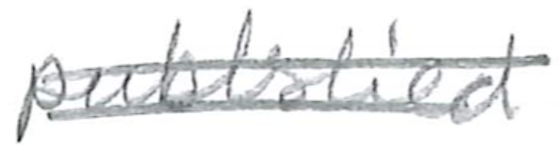
Text: published
Cross-out: double-line
Writing tool: pencil